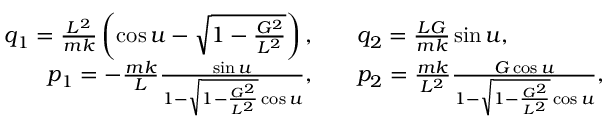
\begin{array} { r l } { q _ { 1 } = \frac { L ^ { 2 } } { m k } \left( \cos u - \sqrt { 1 - \frac { G ^ { 2 } } { L ^ { 2 } } } \right) , \quad } & { q _ { 2 } = \frac { L G } { m k } \sin u , } \\ { p _ { 1 } = - \frac { m k } { L } \frac { \sin u } { 1 - \sqrt { 1 - \frac { G ^ { 2 } } { L ^ { 2 } } } \cos u } , \quad } & { p _ { 2 } = \frac { m k } { L ^ { 2 } } \frac { G \cos u } { 1 - \sqrt { 1 - \frac { G ^ { 2 } } { L ^ { 2 } } } \cos u } , } \end{array}